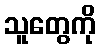
သူတွေကို